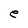
Character: e